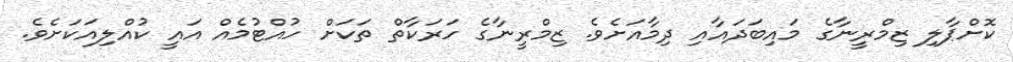
ކޮށްޕާލި ޒިމްރީނާގެ މައިބަދައާއި ދިމާއަށެވެ. ޒިމްރީނާގެ ހަރަކާތް ތަކަށް ހުއްޓުމެއް އައީ ކުއްލިއަކަށެވެ.